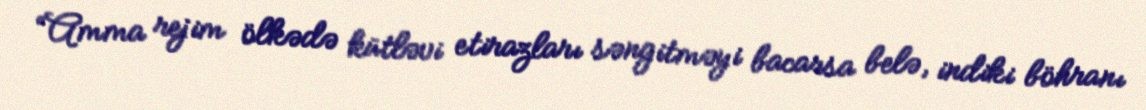
“Amma rejim ölkədə kütləvi etirazları səngitməyi bacarsa belə, indiki böhranı